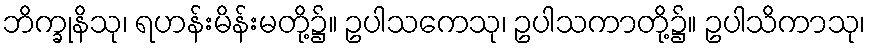
ဘိက္ခုနိသု၊ ရဟန်းမိန်းမတို့၌။ ဥပါသကေသု၊ ဥပါသကာတို့၌။ ဥပါသိကာသု၊